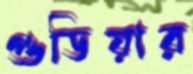
গুডিয়ার